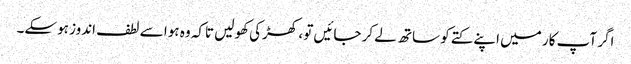
اگر آپ کار میں اپنے کتے کو ساتھ لے کر جائیں تو ، کھڑکی کھولیں تاکہ وہ ہوا سے لطف اندوز ہوسکے۔